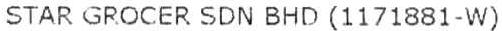
STAR GROCER SDN BHD (1171881-W)